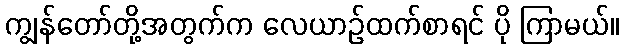
ကျွန်တော်တို့အတွက်က လေယာဉ်ထက်စာရင် ပို ကြာမယ်။